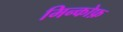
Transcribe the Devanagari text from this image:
मिन्कोफ़